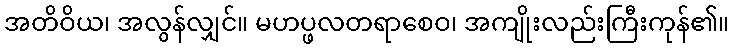
အတိဝိယ၊ အလွန်လျှင်။ မဟပ္ဖလတရာစေဝ၊ အကျိုးလည်းကြီးကုန်၏။